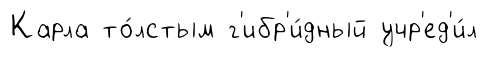
Карла то́лстым г'ибр'и́дный учр'ед'и́л